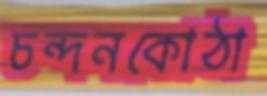
চন্দনকোঠা